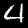
Label: 4